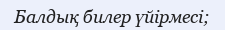
Балдық билер үйірмесі;